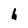
Character: h